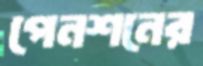
পেনশনের